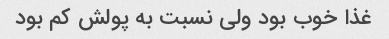
غذا خوب بود ولی نسبت به پولش کم بود